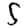
Digit: 5